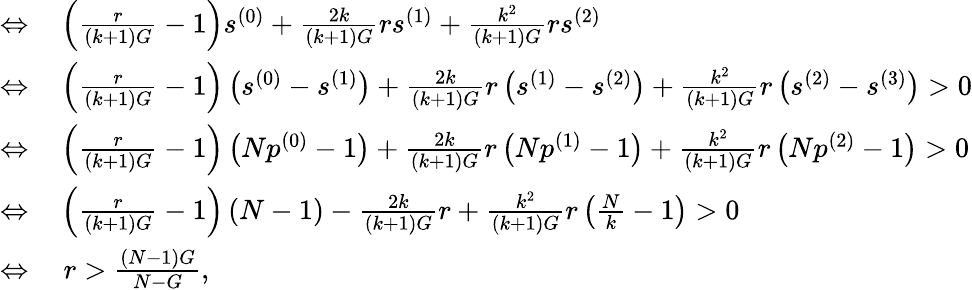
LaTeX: \begin{array}{rl}{\Leftrightarrow}&{{}\left(\frac{r}{(k+1)G}-1\right)s^{(0)}+\frac{2k}{(k+1)G}rs^{(1)}+\frac{k^{2}}{(k+1)G}rs^{(2)}}\\ {\Leftrightarrow}&{{}\left(\frac{r}{(k+1)G}-1\right)\left(s^{(0)}-s^{(1)}\right)+\frac{2k}{(k+1)G}r\left(s^{(1)}-s^{(2)}\right)+\frac{k^{2}}{(k+1)G}r\left(s^{(2)}-s^{(3)}\right)>0}\\ {\Leftrightarrow}&{{}\left(\frac{r}{(k+1)G}-1\right)\left(Np^{(0)}-1\right)+\frac{2k}{(k+1)G}r\left(Np^{(1)}-1\right)+\frac{k^{2}}{(k+1)G}r\left(Np^{(2)}-1\right)>0}\\ {\Leftrightarrow}&{{}\left(\frac{r}{(k+1)G}-1\right)\left(N-1\right)-\frac{2k}{(k+1)G}r+\frac{k^{2}}{(k+1)G}r\left(\frac{N}{k}-1\right)>0}\\ {\Leftrightarrow}&{{}~r>\frac{(N-1)G}{N-G},}\end{array}